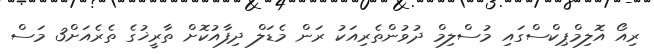
ރިއޯ އޮލިމްޕިކްސްގައި މުސްލިމް ދުވުންތެރިއަކު ރަން މެޑަލް ދިފާއުކޮށް ތާރީޚުގެ ތެރެއަށް3 މަސް